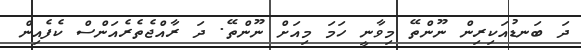
ދަ ބަނޑުއަކިރިން ނޫންތޭ މިވާނީ ހަމަ މިއަށް ނޫންތޭ. ދަ ރާއްޖެތެރެެއަންސް ކެފެއިން